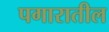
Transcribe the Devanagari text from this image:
पगारातील